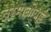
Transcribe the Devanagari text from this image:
तस्मानीयाई